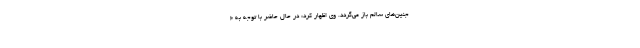
جنین‌های سالم باز می‌گردد. وی اظهار کرد: در حال حاضر با توجه به «